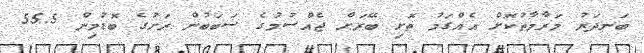
ބަނދަރު މަރާމާތުކޮށް އެއްގަމު ތޮށި ބޭރަށް ޖެއްސުމުގެ ސަބަބުން ރަށުގެ ބޮޑުމިން 55.5